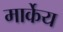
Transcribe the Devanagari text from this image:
मार्केय